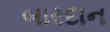
બારદાન